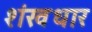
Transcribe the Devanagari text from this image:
शंखधार